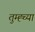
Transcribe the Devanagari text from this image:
तुम्ह्च्या